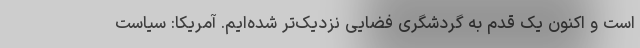
است و اکنون یک قدم به گردشگری فضایی نزدیک‌تر شده‌ایم. آمریکا: سیاست